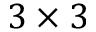
3 \times 3